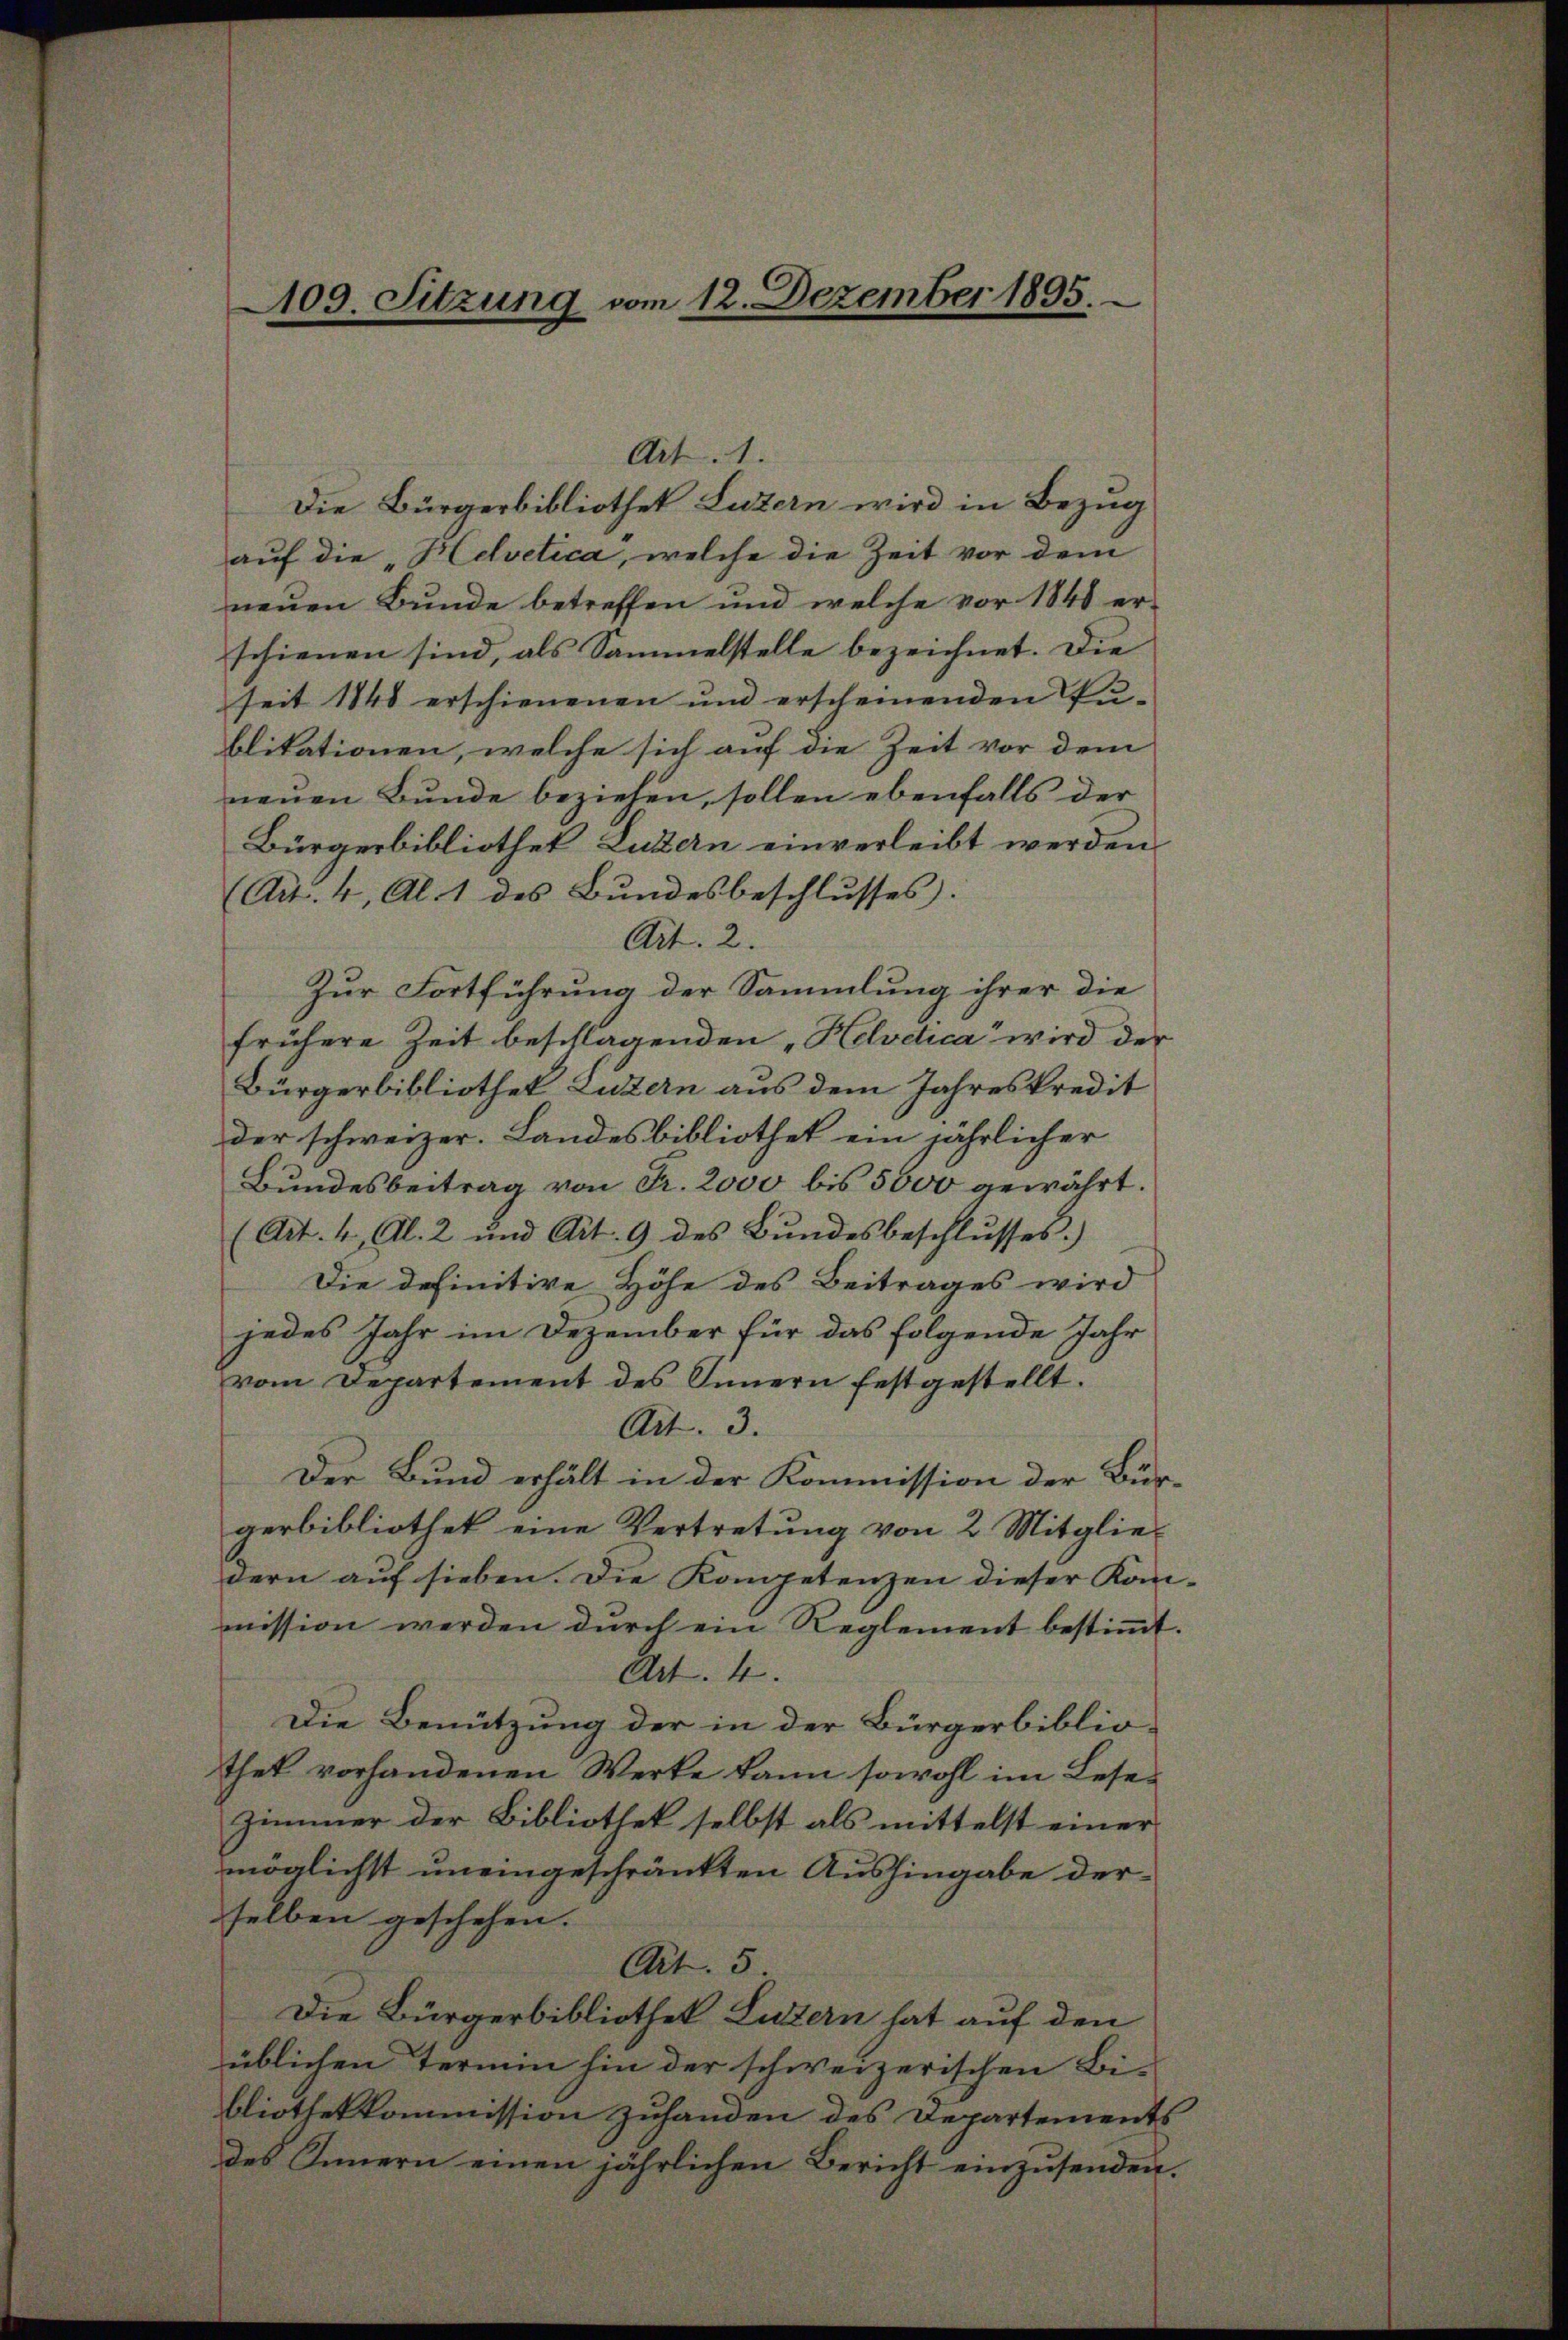
109. Sitzung vom 12. Dezember 1895.

Die Bürgerbibliothek Luzern wird in Bezug
auf die „Helvetica, welche die Zeit vor dem
neuen Bunde betreffen und welche vor 1848 erschienen sind, als Sammelstelle bezeichnet. Die
seit 1848 erschienenen und erscheinenden Pu-
blitationen, welche sich auf die Zeit vor dem
neuen Bunde beziehen, sollen ebenfalls der
Bürgerbibliothek Luzern einverleibt werden
(Art. 4, Al. 1 des Bundesbeschlusses.
Art. 2.
Zur Fortführung der Sammlung ihrer die
frühere Zeit beschlagenden „Helvdica“ wird der
Bürgerbibliothek Luzern aus dem Jahreskredit
der schweizer. Landesbibliothek ein jährlicher
Bundesbeitrag von Fr. 2000 bis 5000 gewährt.
(Art. 4, Al. 2 und Art. 9 des Bundesbeschlusses.)
Die definitive Höhe des Beitrages wird
jedes Jahr im Dezember für das folgende Jahr
vom Departement des Innern festgestellt.
Art. 3.
Der Bund erhält in der Kommission der Bürgerbibliothek eine Vertretung von 2 Mitgliedern auf sieben. Die Kompetenzen dieser Kan-
mission werden durch ein Reglement bestimmt.
Art. 4.
Die Benützung der in der Bürgerbiblio-
thek vorhandenen Werke kann sowohl im Lese¬
Zimmer der Bibliothek selbst als mittelst einer
möglichst uneingeschränkten Aushingabe derselben geschehen.
Art. 5
Die Bürgerbibliothek Luzern hat auf den
üblichen Termin hin der schweizerischen Bi-
bliothekkommission zuhanden des Departements
des Innern einen jährlichen Bericht einzusenden.

Art. 1.